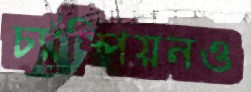
চ্যাম্পিয়নও